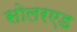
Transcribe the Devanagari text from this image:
सोलरएड